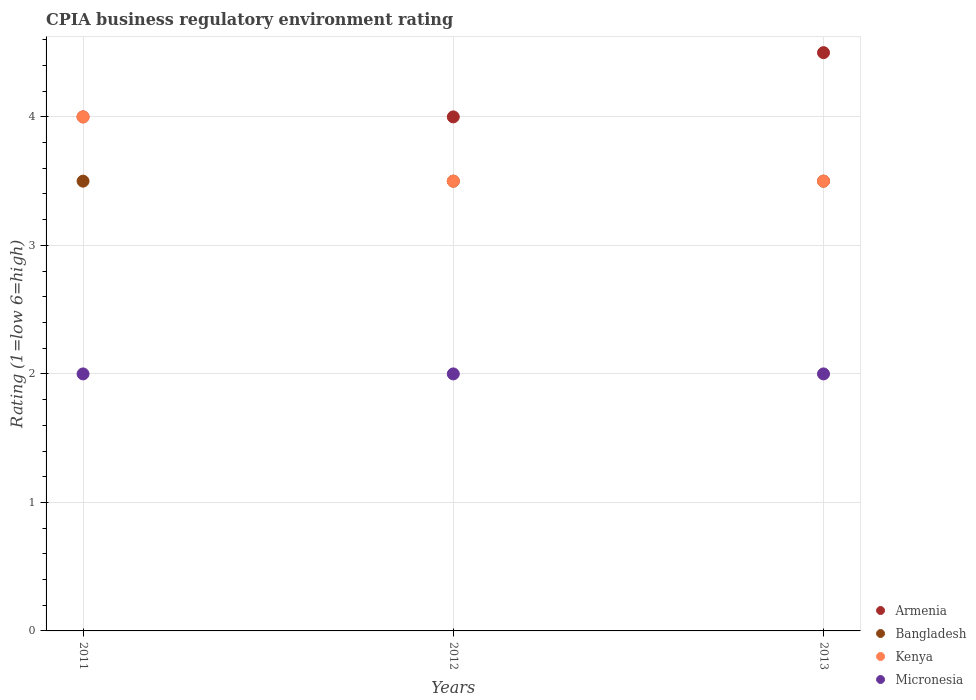
| Years | Armenia | Bangladesh | Kenya | Micronesia |
 | --- | --- | --- | --- | --- |
 | 2011 | 4 | 3.5 | 4 | 2 |
 | 2012 | 4 | 3.5 | 3.5 | 2 |
 | 2013 | 4.5 | 3.5 | 3.5 | 2 |